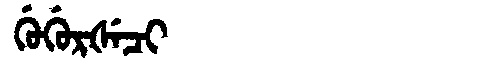
Manchu: ᡤᡠᡤᡠᡵᡧᡝᠴᡳ
Romanization: GUGURŠECI